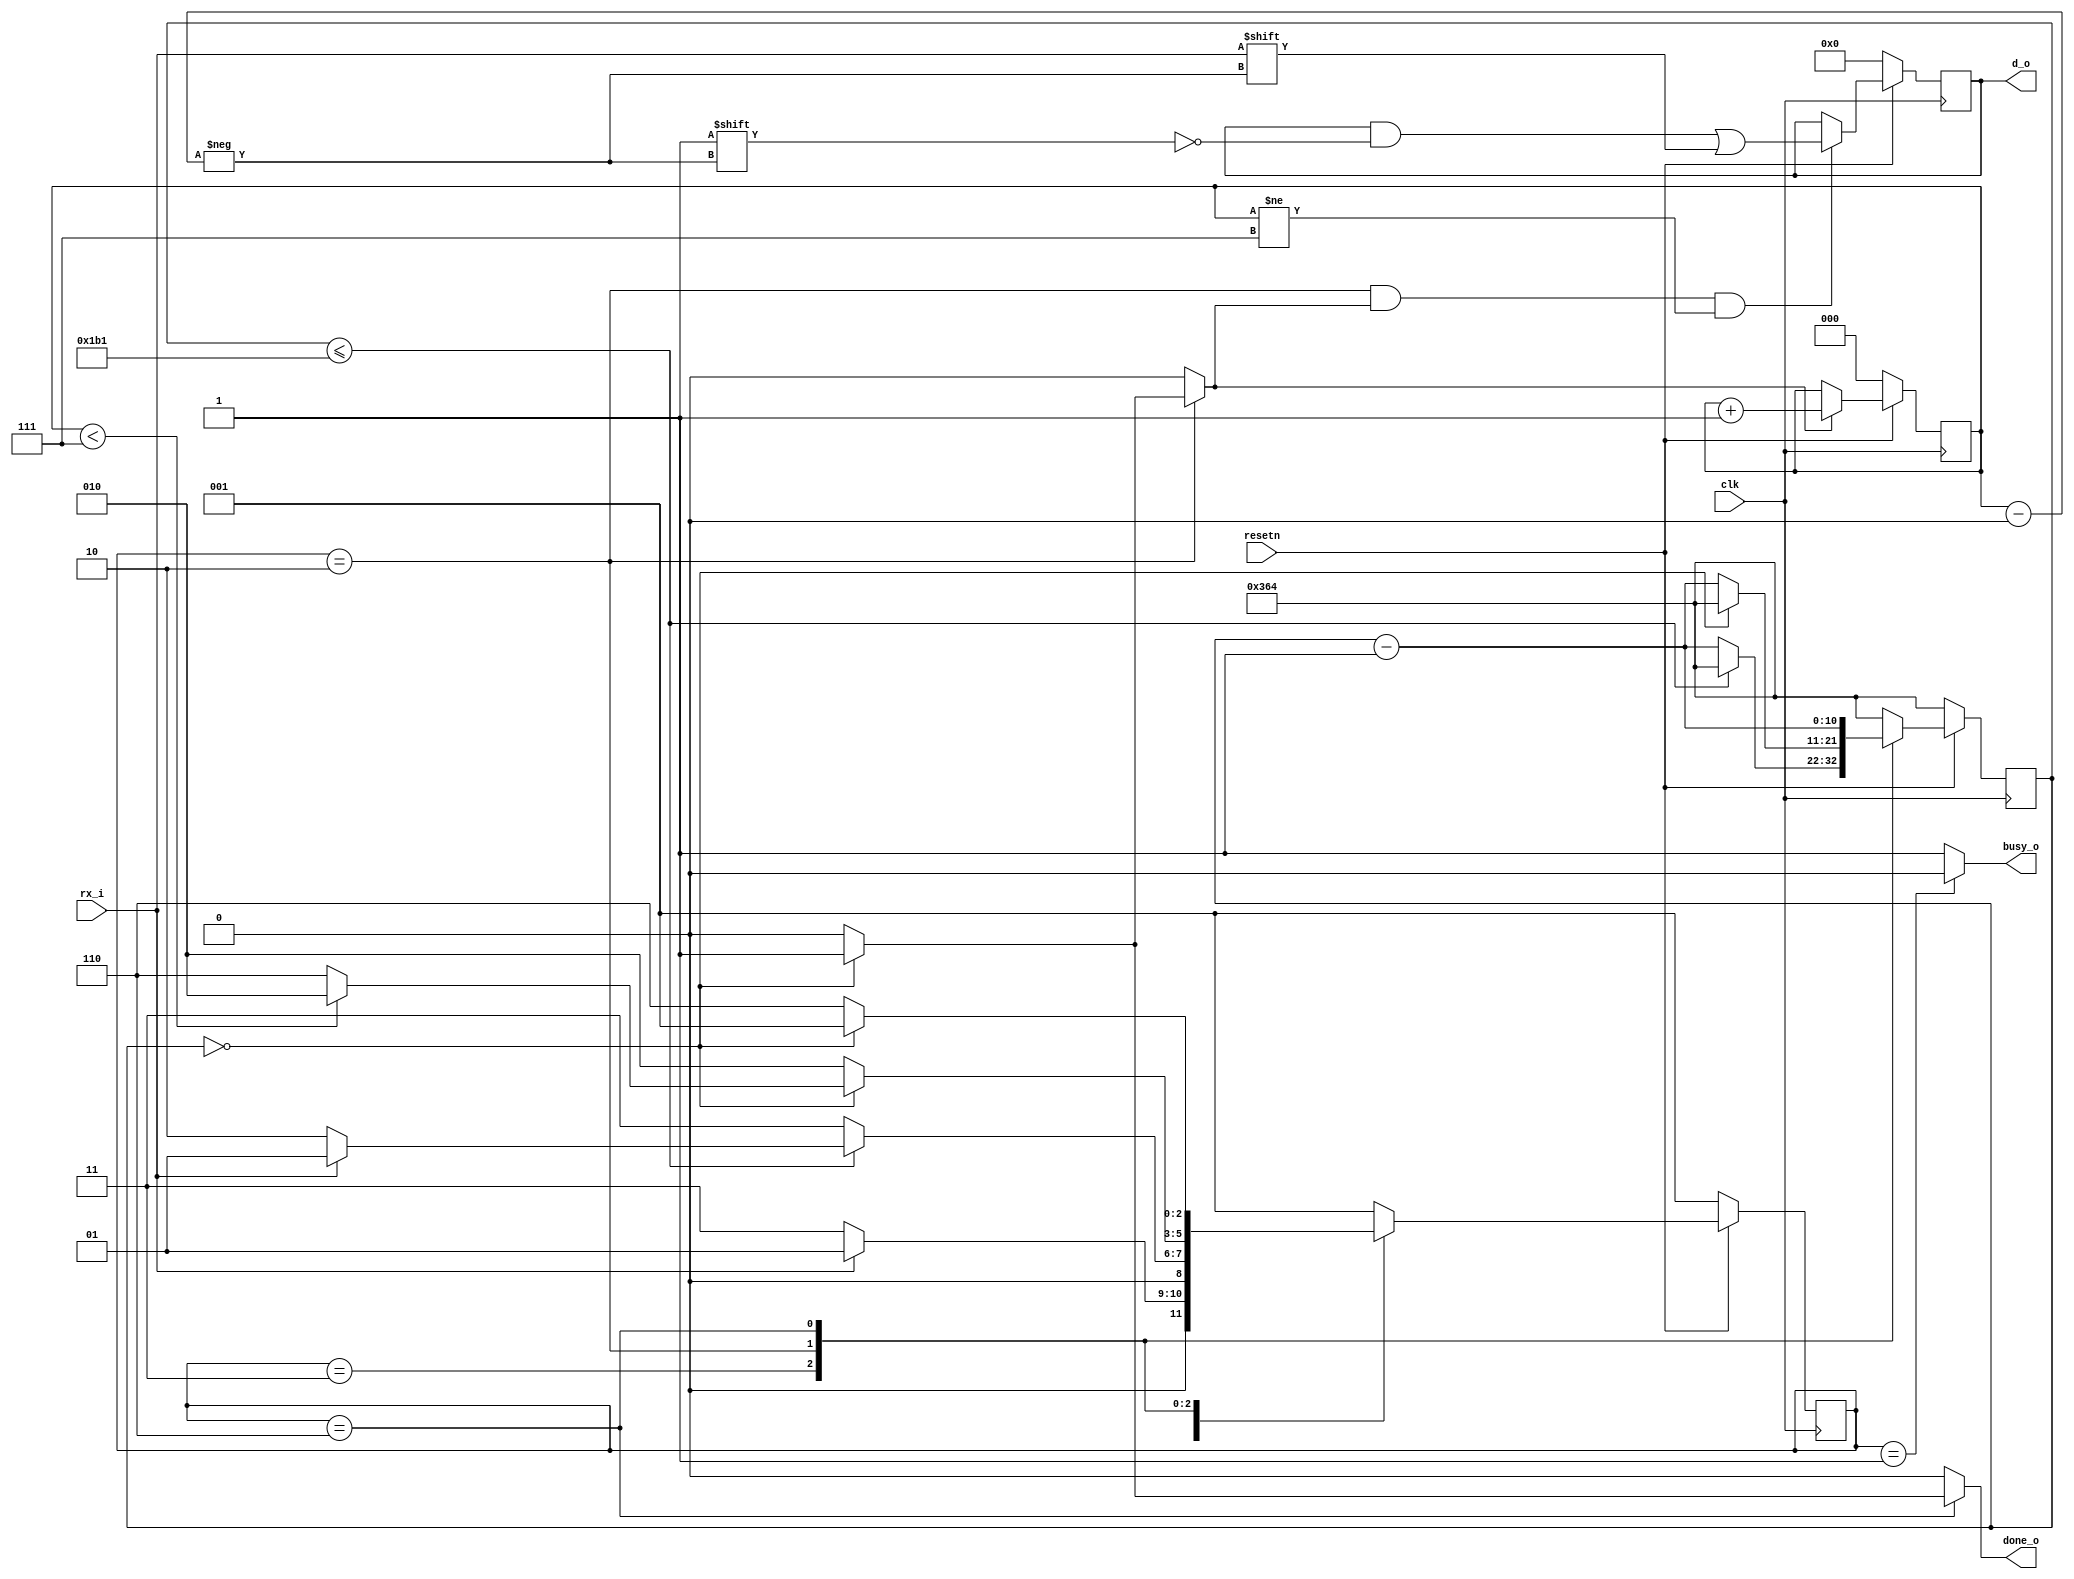
`timescale 1ns / 1ps

module uart_rx #(
    parameter CLKS_PER_BIT = 868
) (input clk,
   input resetn,

   input rx_i,

   output reg [7:0] d_o,
   output reg       busy_o,
   output reg       done_o
);
    reg [$clog2(CLKS_PER_BIT):0] timer_cnt;

    reg [2:0]  state;
    reg [2:0]  next_state;
    localparam IDLE    = 3'b001;
    localparam START   = 3'b011;
    localparam DATA    = 3'b010;
    localparam STOP    = 3'b110;
    localparam CLEANUP = 3'b100;

    reg [2:0] bit_idx;
    reg shift_bit_idx;

    always @ (posedge clk) begin
        if (!resetn) begin
            state     <= IDLE;
            bit_idx   <= 0;
        end else begin
            state     <= next_state;
            bit_idx   <= shift_bit_idx ? bit_idx + 1 : bit_idx;
        end
    end

    always @ (posedge clk) begin
        if (!resetn) begin
            d_o <= 0;
        end else begin
            if ((state == DATA) && shift_bit_idx && (bit_idx != 7)) d_o[bit_idx] <= rx_i;
        end
    end

    always @(posedge clk) begin
        if (!resetn) begin
            timer_cnt <= CLKS_PER_BIT;
        end else begin
            case (state)
                IDLE:    timer_cnt <= CLKS_PER_BIT;
                START:   timer_cnt <= (timer_cnt <= (CLKS_PER_BIT-1) / 2) ? CLKS_PER_BIT : timer_cnt - 1;
                DATA:    timer_cnt <= (timer_cnt == 0) ? CLKS_PER_BIT : timer_cnt - 1;
                STOP:    timer_cnt <= timer_cnt - 1;
                default: timer_cnt <= CLKS_PER_BIT;
            endcase
        end
    end

    always @(*) begin
        busy_o         = 1;
        done_o         = 0;
        shift_bit_idx  = 0;
        case (state)
            IDLE: begin
                busy_o     = 0;
                next_state = (rx_i == 0) ? START : IDLE;
            end
            START: begin
                /* Check in the middle of the byte. */
                next_state = (timer_cnt <= (CLKS_PER_BIT-1) / 2) ? ((rx_i == 0) ? DATA : IDLE) : START;
            end
            DATA: begin
                shift_bit_idx = (timer_cnt == 0) ? 1 : 0;
                next_state    = (timer_cnt == 0) ? ((bit_idx < 7) ? DATA : STOP) : DATA;
            end
            STOP: begin
                /* Wait for stop bit to finish */
                done_o     = (timer_cnt == 0) ? 1 : 0;
                next_state = (timer_cnt == 0) ? IDLE : STOP;
            end
            default: begin
                next_state     = IDLE;
            end
        endcase
    end
endmodule